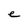
Character: e